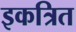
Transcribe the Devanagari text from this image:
इकत्रित